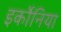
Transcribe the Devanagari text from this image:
इर्कोनिया